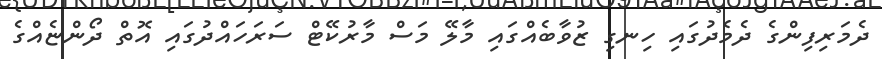
ދެމަރިފިންގެ ދެމެދުގައި ހިނގި ޒުވާބެއްގައި މާލޭ މަސް މާރުކޭޓް ސަރަހައްދުގައި އޮތް ދޯންޏެއްގެ